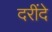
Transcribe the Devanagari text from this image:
दरींदे